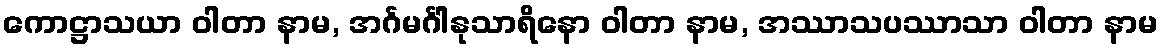
ကောဋ္ဌာသယာ ဝါတာ နာမ, အင်္ဂမင်္ဂါနုသာရိနော ဝါတာ နာမ, အဿာသပဿာသာ ဝါတာ နာမ